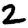
Digit: 2